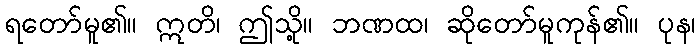
ရတော်မူ၏။ ဣတိ၊ ဤသို့။ ဘဏထ၊ ဆိုတော်မူကုန်၏။ ပုန၊